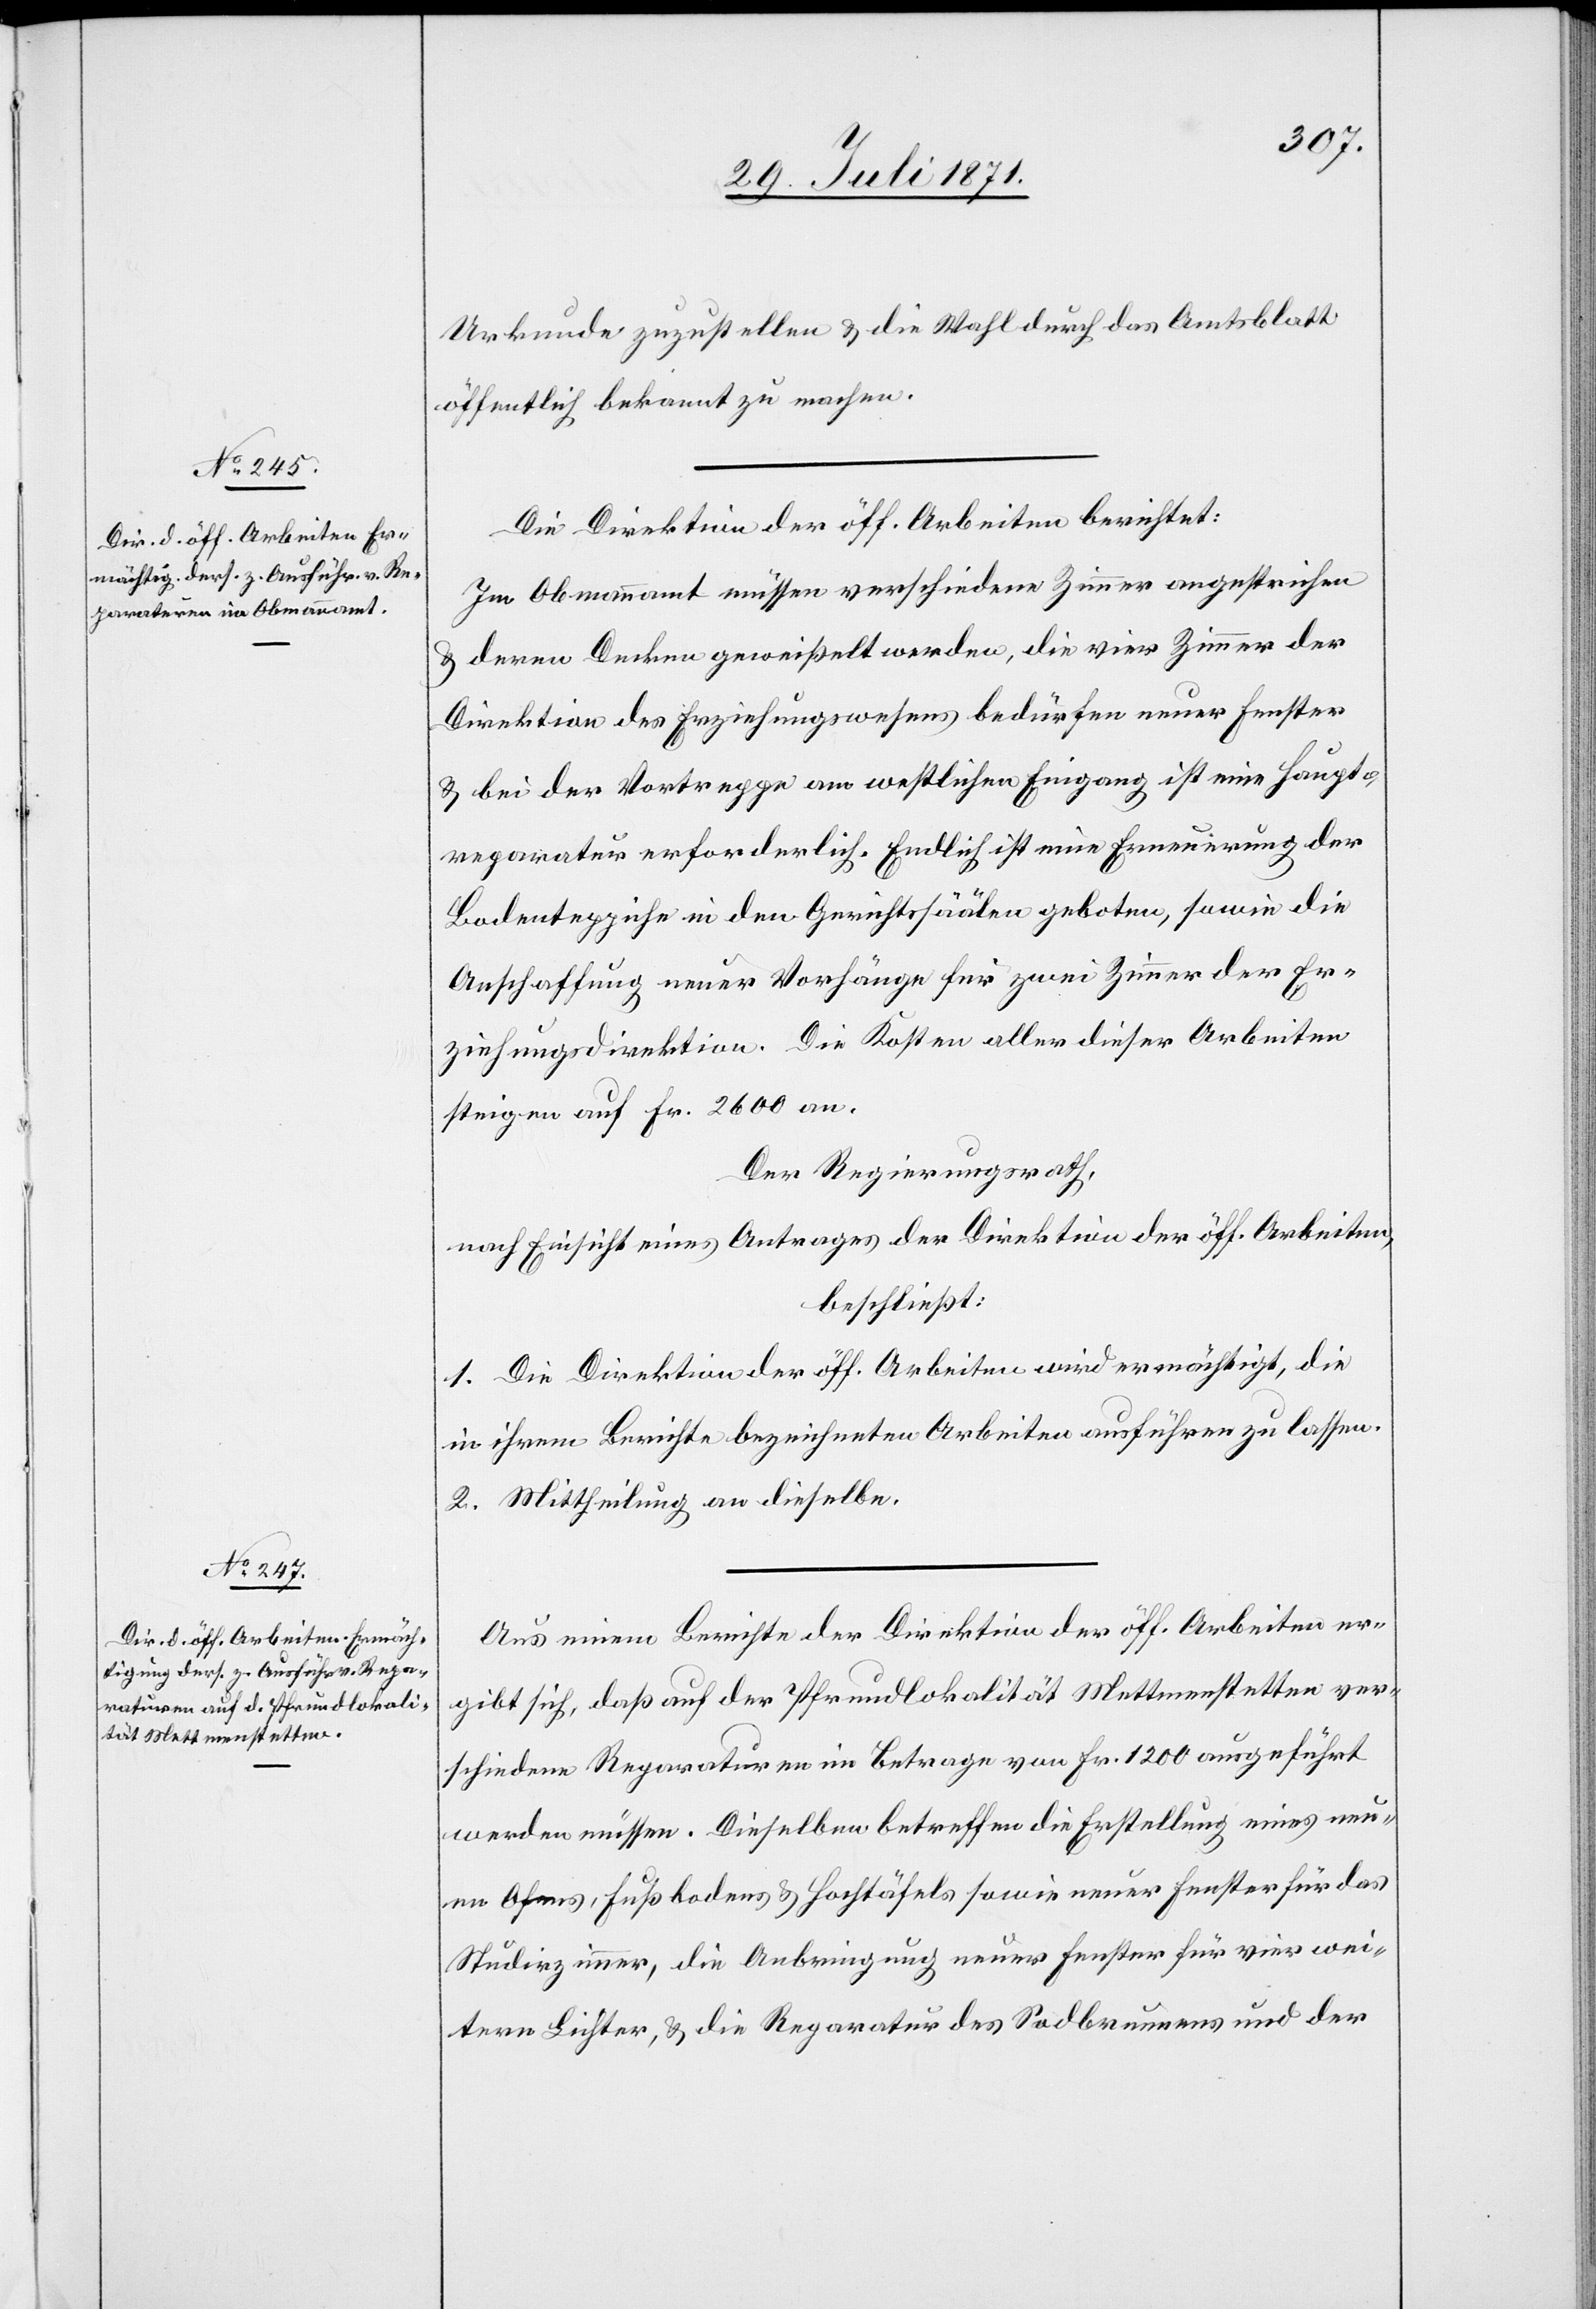
Urkunde zuzustellen u. die Wahl durch das Amtsblatt
öffentlich bekannt zu machen.
Die Direktion der öff. Arbeiten berichtet:
Im Obmannamt müssen verschiedene Zimmer angestrichen
u. deren Decken geweißelt werden, die vier Zimmer der
Direktion des Erziehungswesens bedürfen neuer Fenster
u. bei der Vortreppe am westlichen Eingang ist eine Haupt¬
reparatur erforderlich. Endlich ist eine Erneuerung der
Bodenteppiche in den Gerichtssäälen geboten, sowie die
Anschaffung neuer Vorhänge für zwei Zimmer der Er¬
ziehungsdirektion. Die Kosten aller dieser Arbeiten
steigen auf Fr. 2600 an.
Der Regierungsrath,
nach Einsicht eines Antrages der Direktion der öff. Arbeiten,
beschließt:
1. Die Direktion der öff. Arbeiten wird ermächtigt, die
in ihrem Berichte bezeichneten Arbeiten ausführen zu lassen.
2. Mittheilung an dieselbe.
Aus einem Berichte der Direktion der öff. Arbeiten er¬
gibt sich, daß auf der Pfundlokalität Mettmenstetten ver¬
schiedene Reparaturen im Betrage von Fr. 1200 ausgeführt
werden müssen. Dieselben betreffen die Erstellung eines neu¬
en Ofens, Fußbodens u. Hochtäfels [sic!] sowie neuer Fenster für das
Studirzimmer, die Anbringung neuer Fenster für vier wei¬
tere Lichter, u. die Reparatur des Sodbrunnens und der